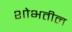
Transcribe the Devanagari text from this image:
शोभतील